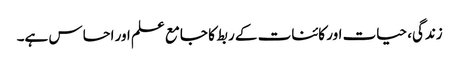
زندگی، حیات اور کائنات کے ربط کا جامع علم اور احساس ہے۔